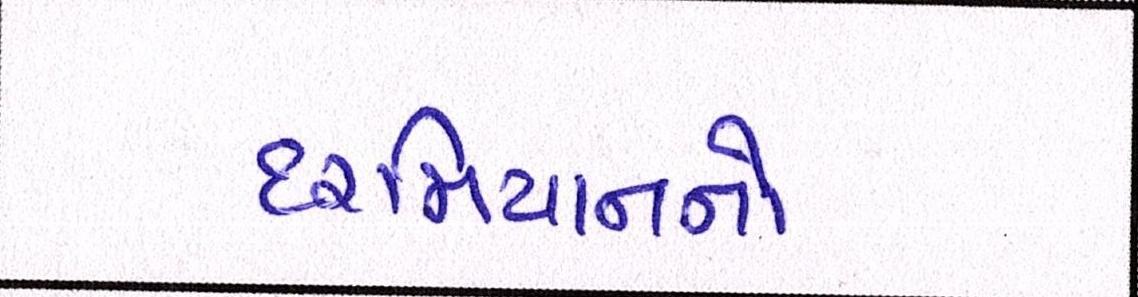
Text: દરમિયાનનો